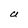
Character: U